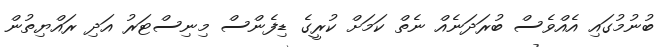
ބުނުމުގައި އެއްވެސް ބުރަދަނެއް ނެތް ކަމަށް ކުރީގެ ޑިފެންސް މިނިސްޓަރު އަދި ރައްޔިތުން